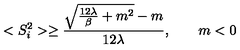
< S _ { i } ^ { 2 } > \ge \frac { { \sqrt { \frac { 1 2 \lambda } { \beta } + m ^ { 2 } } } - m } { 1 2 \lambda } , \qquad m < 0